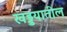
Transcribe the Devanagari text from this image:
खड्डयातील